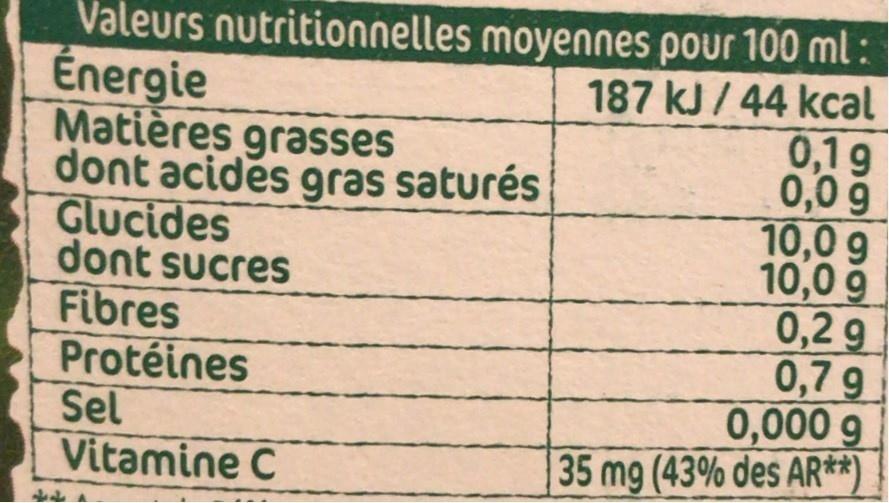
Valeurs nutritionnelles moyennes pour 100 ml: Énergie Matières grasses dont acides gras saturés Glucides dont sucres Fibres Protéines Sel Vitamine C
187 kJ / 44 kcal 0,1g 0,0 9 10,0 g 10,0 g 0,2 g 0,7 g 0,000 g 35 mg (43% des AR**)